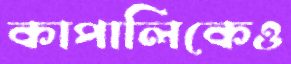
কাপালিকেও